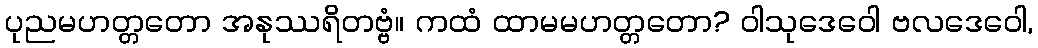
ပုညမဟတ္တတော အနုဿရိတဗ္ဗံ။ ကထံ ထာမမဟတ္တတော? ဝါသုဒေဝေါ ဗလဒေဝေါ,